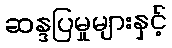
ဆန္ဒပြမှုများနှင့်